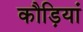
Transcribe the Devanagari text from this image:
कौड़ियां